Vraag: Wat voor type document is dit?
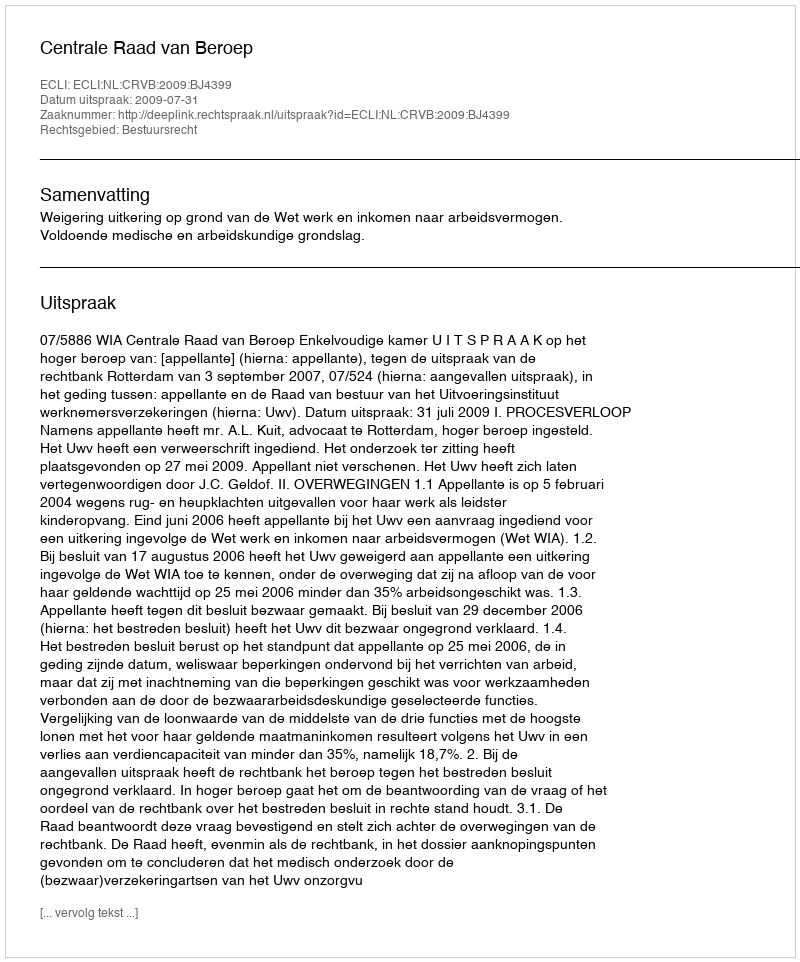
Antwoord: Uitspraak